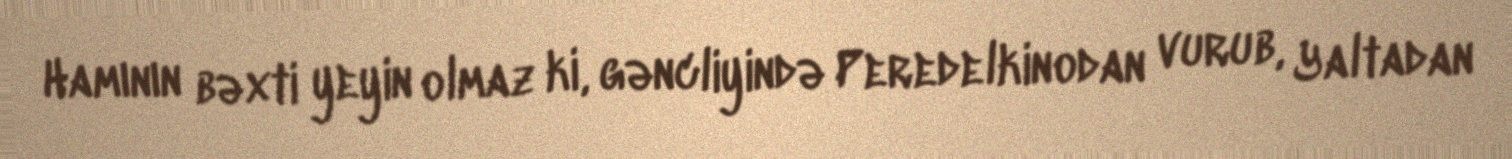
Hamının bəxti yeyin olmaz ki, gəncliyində Peredelkinodan vurub, Yaltadan